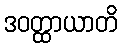
ဒဝတ္ထာယာတိ